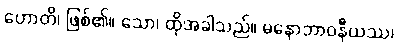
ဟောတိ၊ ဖြစ်၏။ သော၊ ထိုအခါသည်။ မနောဘာဝနီယဿ၊